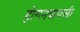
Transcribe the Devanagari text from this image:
होगनवापसी